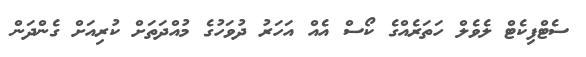
ސެޓްފިކެޓް ލެވެލް ހަތަރެއްގެ ކޯސް އެއް އަހަރު ދުވަހުގެ މުއްދަތަށް ކުރިއަށް ގެންދަން